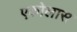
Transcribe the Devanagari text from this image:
एकोलास